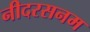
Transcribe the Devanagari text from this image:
नीदरसनम